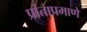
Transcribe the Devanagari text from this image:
प्रांताप्रमाणे